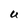
Character: U